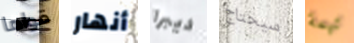
قواها أنهار ديبرا سيحتاج تهمة